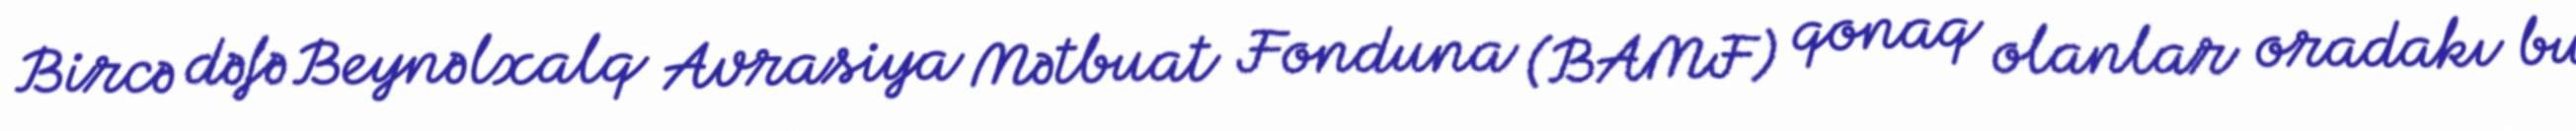
Bircə dəfə Beynəlxalq Avrasiya Mətbuat Fonduna (BAMF) qonaq olanlar oradakı bu